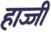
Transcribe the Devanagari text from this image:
हाज्जी